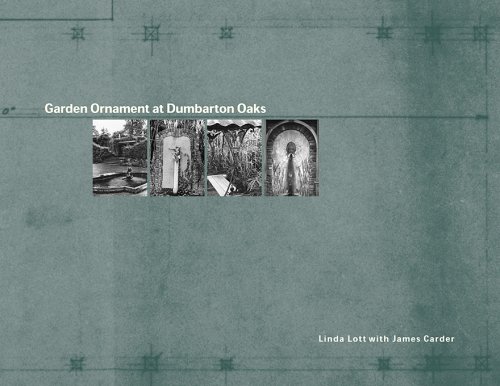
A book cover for Garden Ornament at Dumbarton Oaks (Studies in Landscape Architecture, Informal Paper); Linda Lott; Crafts, Hobbies & Home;